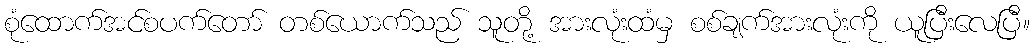
စုံထောက်အင်စပက်တော် တစ်ယောက်သည် သူတို့ အားလုံးထံမှ စစ်ချက်အားလုံးကို ယူပြီးလေပြီ။